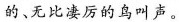
的、无比凄厉的鸟叫声。